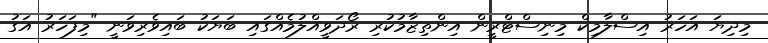
މިދިޔަ އަހަރު އިސްލާމިކް މިނިސްޓްރީން އިންތިޒާމުކުރި ރޯދަވީއްލުމެއްގައި ބަޔަކު ބައިވެރިވަނީ "މިފަހަރު އަގު